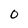
Character: O